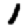
Digit: 1